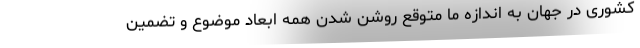
کشوری در جهان به اندازه ما متوقعِ روشن شدن همه ابعاد موضوع و تضمین